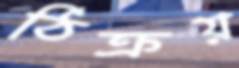
ঠিক্‌রয়